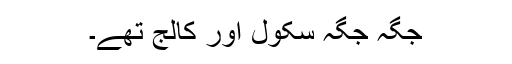
جگہ جگہ سکول اور کالج تھے۔